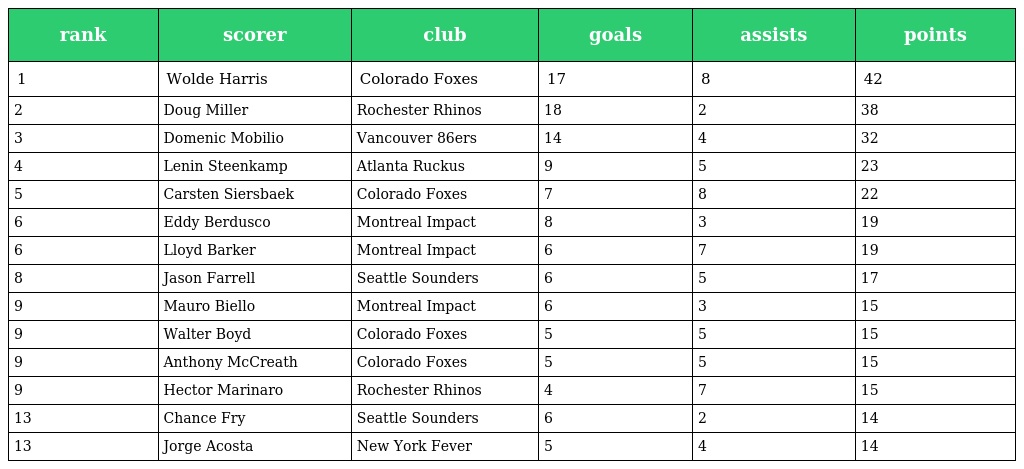
| rank | scorer | club | goals | assists | points |
 | --- | --- | --- | --- | --- | --- |
 | 1 | Wolde Harris | Colorado Foxes | 17 | 8 | 42 |
 | 2 | Doug Miller | Rochester Rhinos | 18 | 2 | 38 |
 | 3 | Domenic Mobilio | Vancouver 86ers | 14 | 4 | 32 |
 | 4 | Lenin Steenkamp | Atlanta Ruckus | 9 | 5 | 23 |
 | 5 | Carsten Siersbaek | Colorado Foxes | 7 | 8 | 22 |
 | 6 | Eddy Berdusco | Montreal Impact | 8 | 3 | 19 |
 | 6 | Lloyd Barker | Montreal Impact | 6 | 7 | 19 |
 | 8 | Jason Farrell | Seattle Sounders | 6 | 5 | 17 |
 | 9 | Mauro Biello | Montreal Impact | 6 | 3 | 15 |
 | 9 | Walter Boyd | Colorado Foxes | 5 | 5 | 15 |
 | 9 | Anthony McCreath | Colorado Foxes | 5 | 5 | 15 |
 | 9 | Hector Marinaro | Rochester Rhinos | 4 | 7 | 15 |
 | 13 | Chance Fry | Seattle Sounders | 6 | 2 | 14 |
 | 13 | Jorge Acosta | New York Fever | 5 | 4 | 14 |